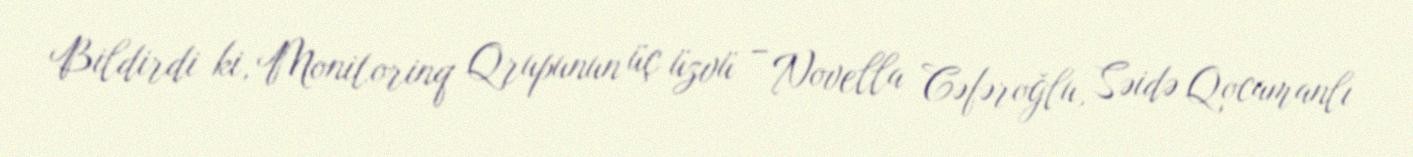
Bildirdi ki, Monitorinq Qrupunun üç üzvü – Novella Cəfəroğlu, Səidə Qocamanlı